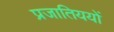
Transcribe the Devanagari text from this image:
प्रजातिययों